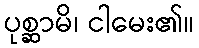
ပုစ္ဆာမိ၊ ငါမေး၏။